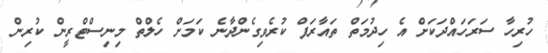
ހުރިހާ ސަރަހައްދަކަށް އެ ހިދުމަތް ތައާރަފް ކުރެވިގެންދާނެ ކަމަށް ހެލްތް މިނިސްޓްރީން ކުރިން